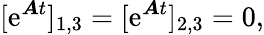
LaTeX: [\mathrm{e}^{\boldsymbol{A}t}]_{1,3}=[\mathrm{e}^{\boldsymbol{A}t}]_{2,3}=0,